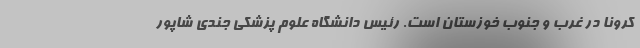
کرونا در غرب و جنوب خوزستان است. رئیس دانشگاه علوم پزشکی جندی شاپور